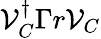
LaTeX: \mathcal{V}_{C}^{\dagger}\Gamma r\mathcal{V}_{C}